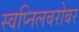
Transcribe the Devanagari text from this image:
स्वप्निलबरोबर